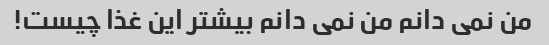
من نمی دانم من نمی دانم بیشتر این غذا چیست!